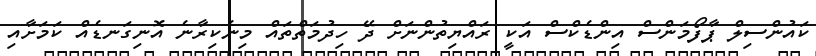
ކައުންސިލް ޕާފޯމަންސް އިންޑެކްސް އަކީ ރައްޔިތުންނަށް ދޭ ހިދުމަތްތައް މިނެކިރާނެ އޮނިގަނޑެއް ކަމަށާއި